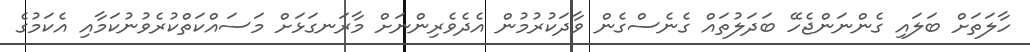
ހާލަތަށް ބަލައި ގެންނަންޖެހޭ ބަދަލުތައް ގެނެސްގެން ވާދަކުރުމުން އެދެވެރިންނަށް މާރަނގަޅަށް މަސައްކަތްކުރެވުނުކަމާއި އެކަމުގެ